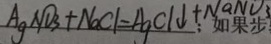
A g N O _ { 3 } + N a C l = A g C l \downarrow + N a N O _ { 3 }